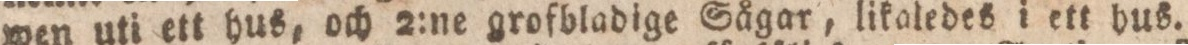
wen uti ett hus, och 2:ne grofbladige Sågar, likaledes i ett hus.